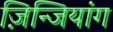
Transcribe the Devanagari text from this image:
ज़िन्जियांग